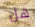
هل